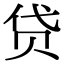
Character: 贷